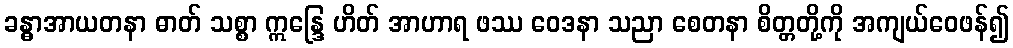
ခန္ဓာအာယတနာ ဓာတ် သစ္စာ ဣန္ဒြေ ဟိတ် အာဟာရ ဖဿ ဝေဒနာ သညာ စေတနာ စိတ္တတို့ကို အကျယ်ဝေဖန်၍